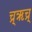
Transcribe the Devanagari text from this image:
च्र्ॠच्र्